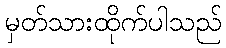
မှတ်သားထိုက်ပါသည်